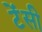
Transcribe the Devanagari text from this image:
टेंसी